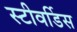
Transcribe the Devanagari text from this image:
स्‍टीवर्डिस